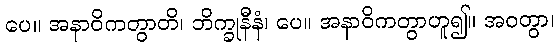
ပေ။ အနာဝိကတွာတိ၊ ဘိက္ခုနီနံ၊ ပေ။ အနာဝိကတွာဟူ၍။ အဝတွာ၊